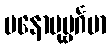
မနောပုဗ္ဗင်္ဂမာ